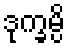
ဒုက္ခမ္ပိ